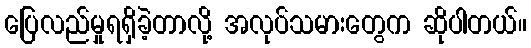
ပြေလည်မှုရရှိခဲ့တာလို့ အလုပ်သမားတွေက ဆိုပါတယ်။